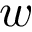
w